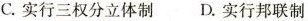
C.实行三权分立体制 D.实行邦联制